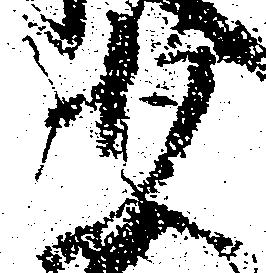
少